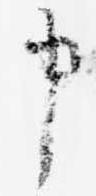
申